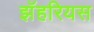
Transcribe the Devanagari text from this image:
झॅहरियस